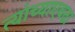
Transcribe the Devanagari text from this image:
त्यांच्याएवढा